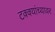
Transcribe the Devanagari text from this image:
टक्‍क्‍यांच्यावर